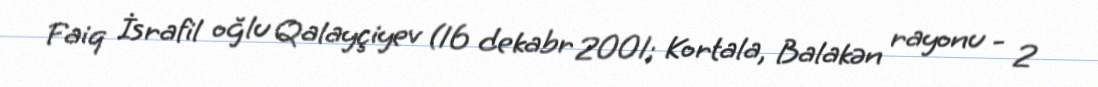
Faiq İsrafil oğlu Qalayçiyev (16 dekabr 2001; Kortala, Balakən rayonu - 2